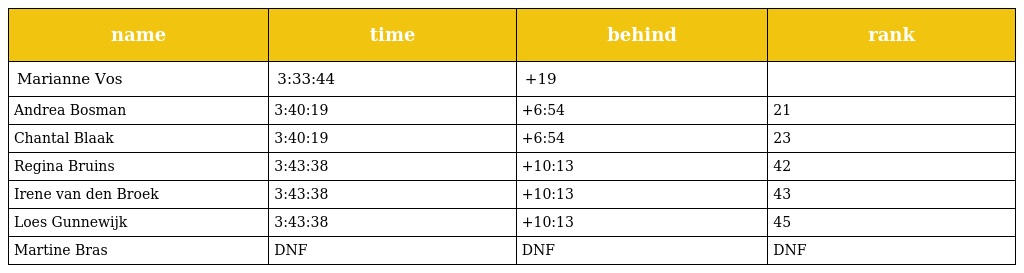
| name | time | behind | rank |
 | --- | --- | --- | --- |
 | Marianne Vos | 3:33:44 | +19 |  |
 | Andrea Bosman | 3:40:19 | +6:54 | 21 |
 | Chantal Blaak | 3:40:19 | +6:54 | 23 |
 | Regina Bruins | 3:43:38 | +10:13 | 42 |
 | Irene van den Broek | 3:43:38 | +10:13 | 43 |
 | Loes Gunnewijk | 3:43:38 | +10:13 | 45 |
 | Martine Bras | DNF | DNF | DNF |